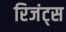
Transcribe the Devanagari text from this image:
रिजंट्स